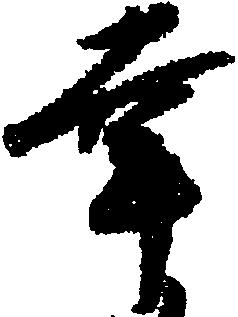
幸